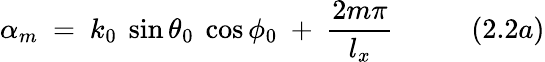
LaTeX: \alpha_{m}~=~k_{0}~\sin\theta_{0}~\cos\phi_{0}~+~{\frac{2m\pi}{l_{x}}}~~~~~~~~~~~(2.2a)